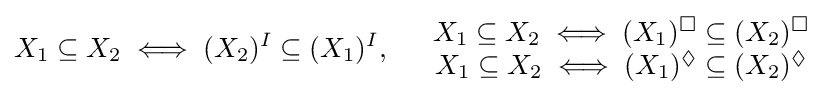
X_{1}\subseteq X_{2}\iff (X_{2})^{I}\subseteq (X_{1})^{I},\quad {\begin{array}{c}X_{1}\subseteq X_{2}\iff (X_{1})^{\Box }\subseteq (X_{2})^{\Box }\\X_{1}\subseteq X_{2}\iff (X_{1})^{\Diamond }\subseteq (X_{2})^{\Diamond }\end{array}}